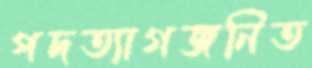
পদত্যাগজনিত